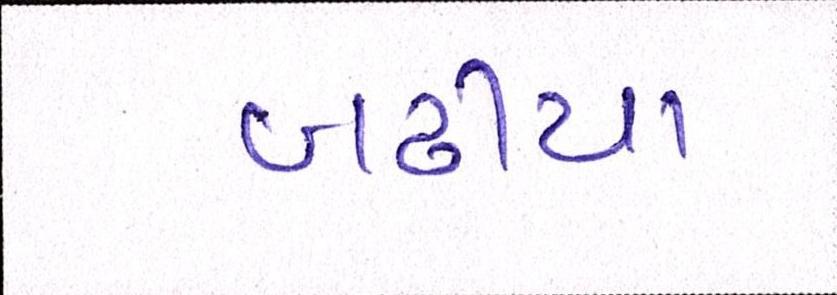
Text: બઢીયા